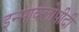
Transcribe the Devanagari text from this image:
इन्साक्लोपीदी